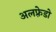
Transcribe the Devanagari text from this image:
अलफ़्रेडो